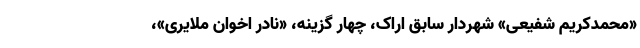
«محمدکریم شفیعی» شهردار سابق اراک، چهار گزینه، «نادر اخوان ملایری»،